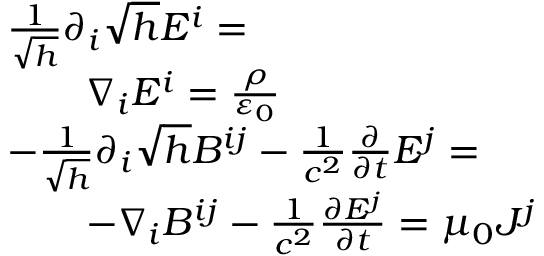
{ \begin{array} { r l } & { { \frac { 1 } { \sqrt { h } } } \partial _ { i } { \sqrt { h } } E ^ { i } = } \\ & { \qquad \nabla _ { i } E ^ { i } = { \frac { \rho } { \varepsilon _ { 0 } } } } \\ & { { - } { \frac { 1 } { \sqrt { h } } } \partial _ { i } { \sqrt { h } } B ^ { i j } - { \frac { 1 } { c ^ { 2 } } } { \frac { \partial } { \partial t } } E ^ { j } = } \\ & { \qquad { - } \nabla _ { i } B ^ { i j } - { \frac { 1 } { c ^ { 2 } } } { \frac { \partial E ^ { j } } { \partial t } } = \mu _ { 0 } J ^ { j } } \end{array} }